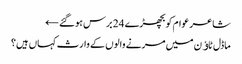
شاعر عوام کو بچھڑے 24 برس ہوگئے ←
ماڈل ٹاﺅن میں مرنے والوں کے وارث کہاں ہیں؟